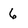
Character: 6